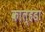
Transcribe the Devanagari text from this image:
काल्हडा